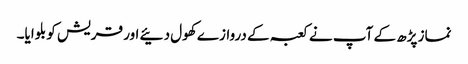
نماز پڑھ کے آپ نے کعبہ کے دروازے کھول دئیے اور قریش کو بلوایا۔